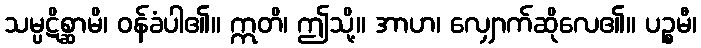
သမ္ပဋိစ္ဆာမိ၊ ဝန်ခံပါ၏။ ဣတိ၊ ဤသို့။ အာဟ၊ လျှောက်ဆိုလေ၏။ ပဉ္စမီ၊